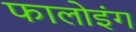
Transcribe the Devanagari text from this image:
फालोइंग